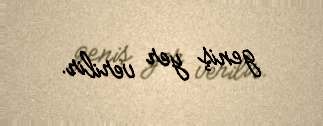
geniş yer verilir.